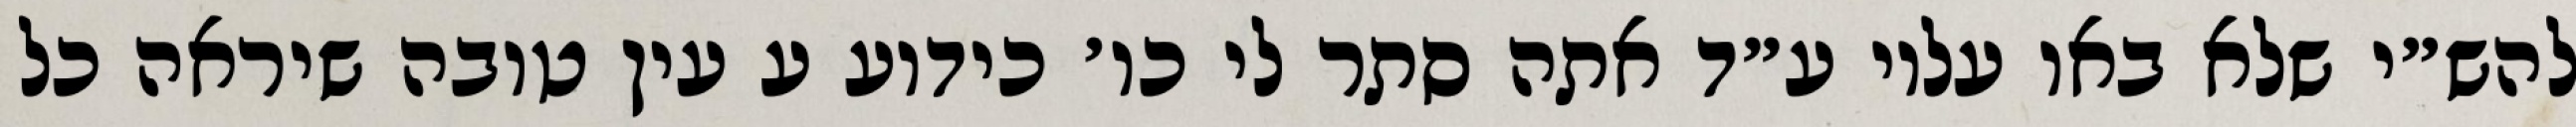
להש״י שלא באו עליו ע״ד אתה סתר לי כו׳ כידוע ע עין טובה שיראה כל